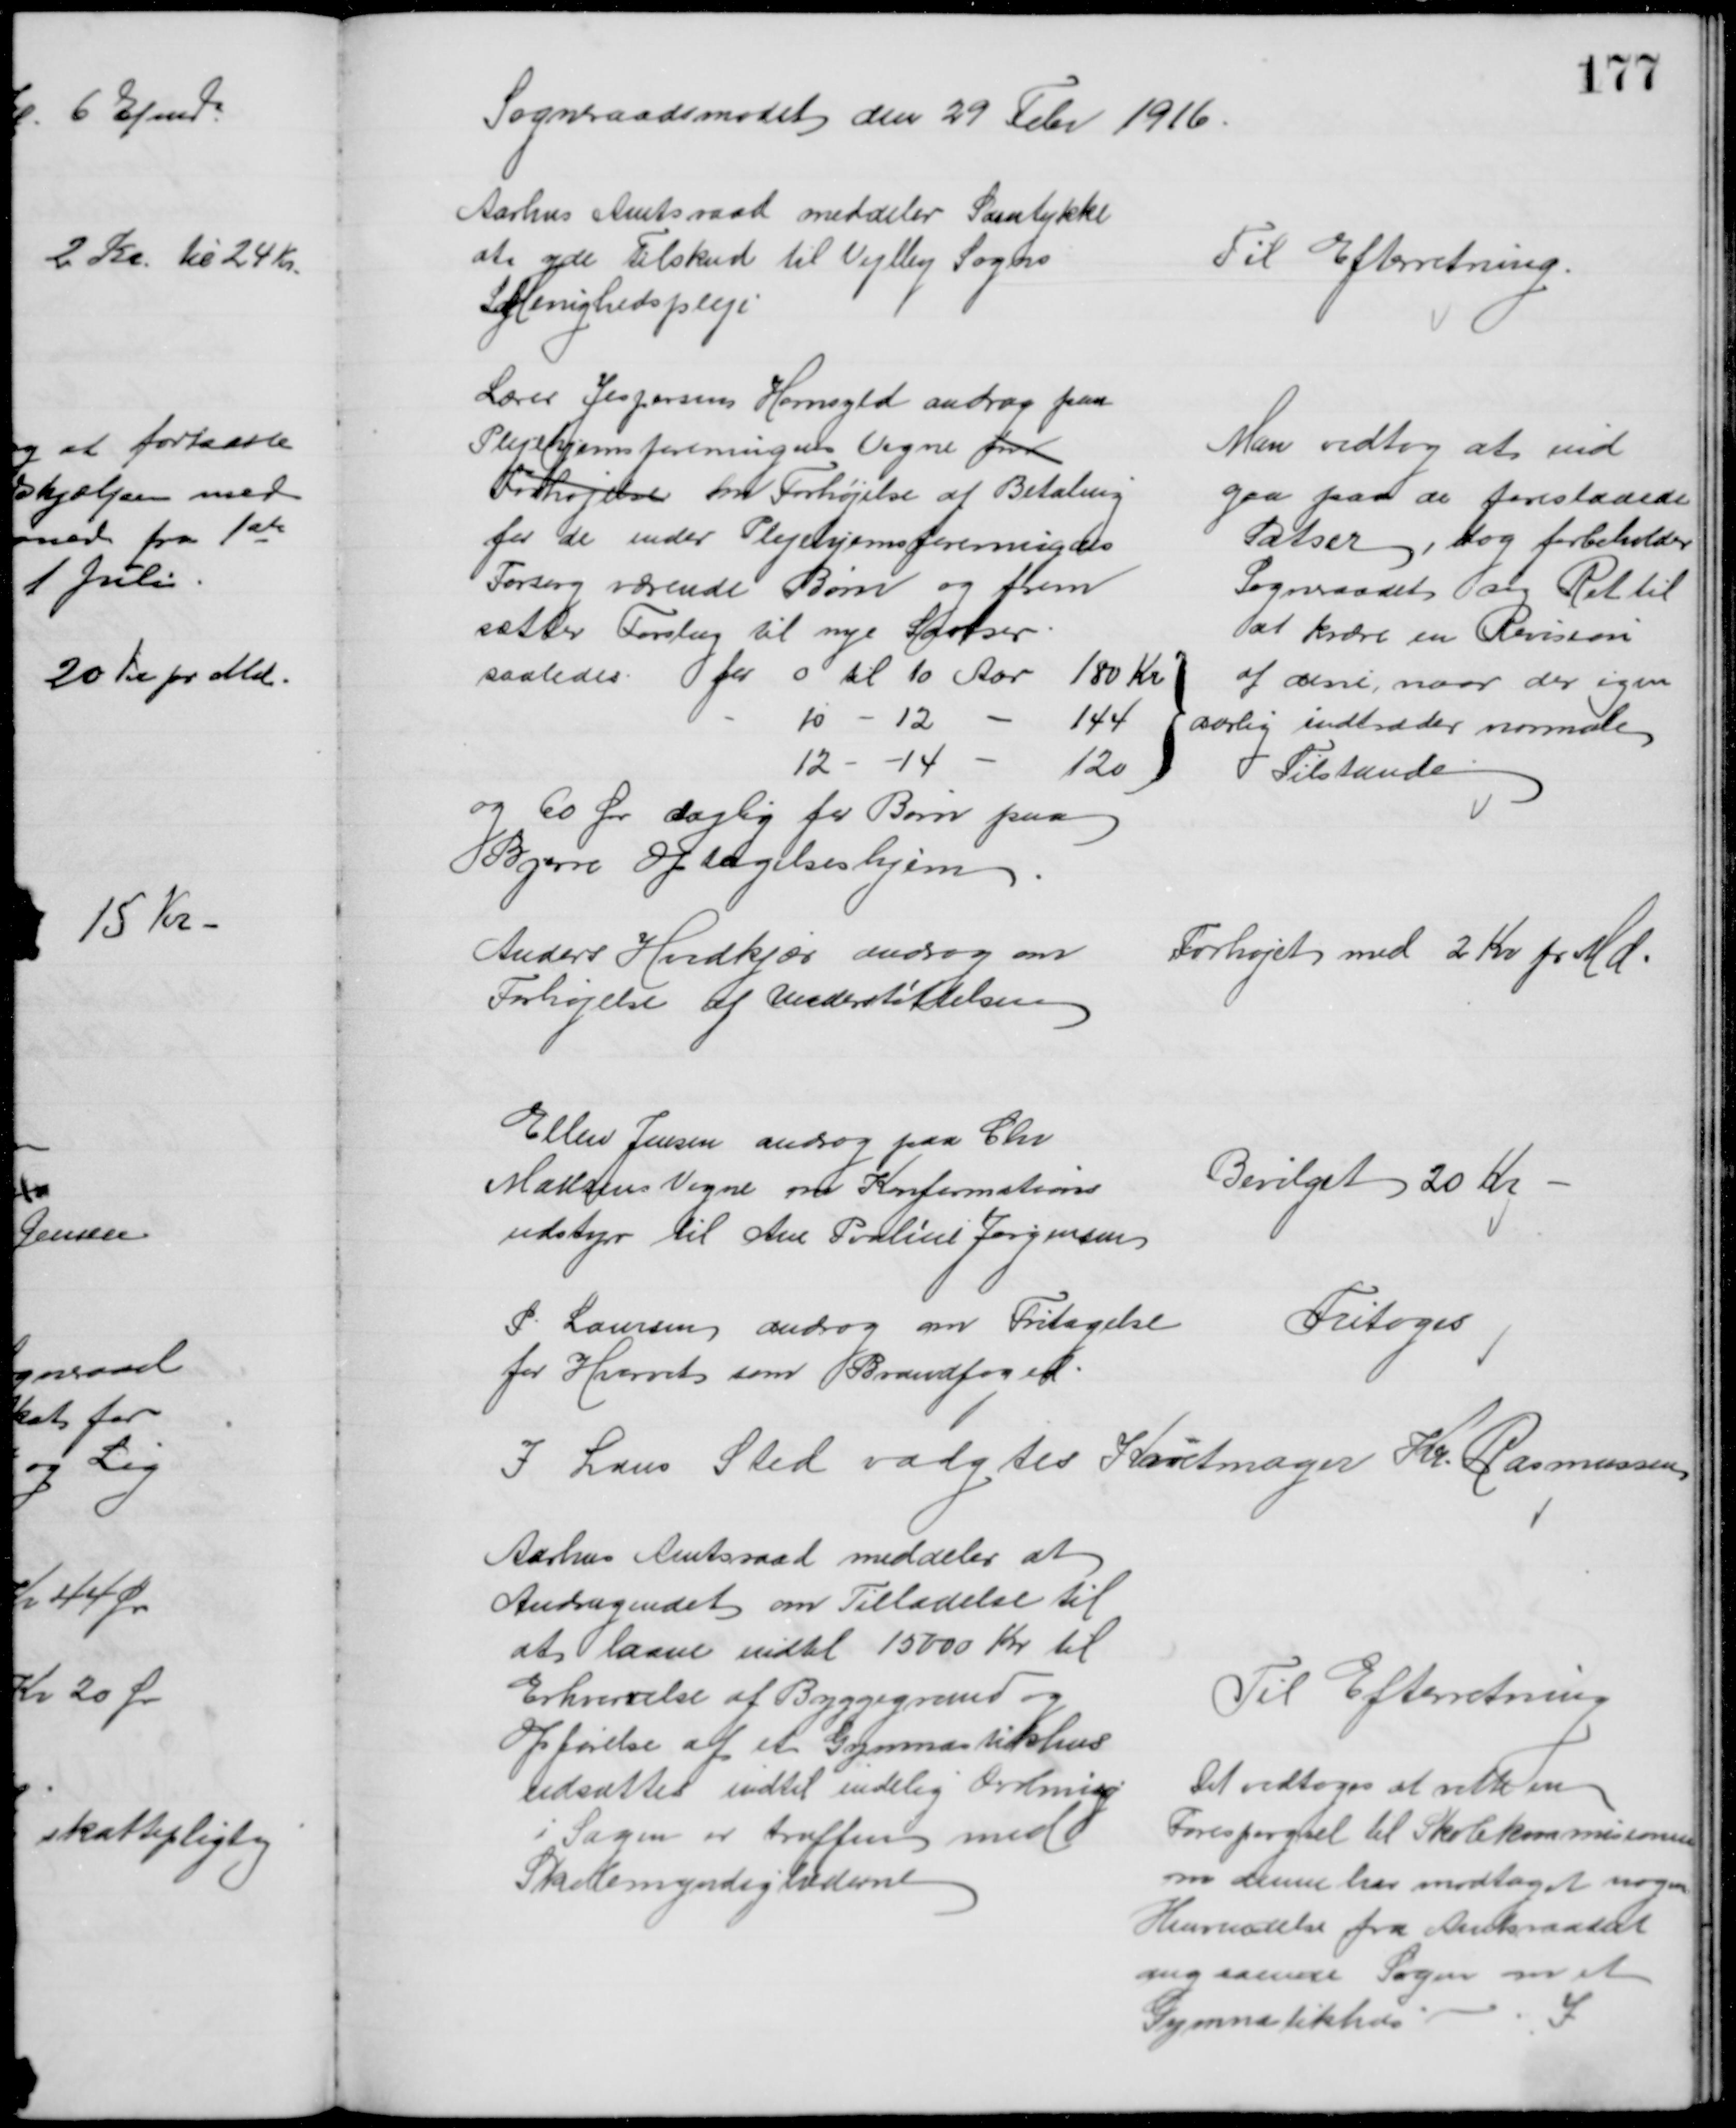
Transskription:
Sogneraadsmødet den 29 Febr 1916
Aarhus Amtsraad meddeler Samtykke
at yde Tilskud til Vejlby Sogns
SyMenighedspleje
Til Efterretning.
Lærer Jespersen Hornsyld androg paa
Plejehjemsforeningens Vegne om
Forhøjelse om Forhøjelse af Betaling
for de under Plejehjemsforeningens
Forsorg værende Børn og frem
sætter Forslag til nye Satser
saaledes for 0 til 10 Aar 180 Kr
10 - 12
144
12 - 14 
120
aarlig
og 60 Øre daglig for Børn paa
Bjerre Optagelseshjem
Man vedtog at ind
gaa paa de foreslaaede
Satser, dog forbeholder
Sogneraadet sig Ret til
at kræve en Revision
af disse, naar der igen
indtræder normale
Tilstande
Anders Hvidkjær androg om
Forhøjelse af Understøttelsen
Forhøjet med 2 Kr pr Md.
Ellen Jensen androg paa Chr
Madsens Vegne om Konfirmations
udstyr til Ane Pouline Jørgensen
Bevilget 20 Kr
P Laursen androg om Fritagelse
for Hvervet som Brandfoged
Fritoges
I hans Sted valgtes Karetmager Kr. Rasmussen
Aarhus Amtsraad meddeler at
Andragendet om Tilladelse til
at laane indtil 15000 Kr til
Erhvervelse af Byggegrund og 
Opførelse af et Gymnastikhus
udsættes indtil endelig Ordning
i Sagen er truffen med
Skolemyndighederne
Til Efterretning
Det vedtoges at rette en
Forespørgsel til Skolekommisionen 
om denne har modtaget nogen
Henvendelse fra Amtsraadet
angaaende Sagen om et
Gymnastikhus
I